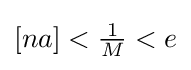
[na]<{\tfrac {1}{M}}<e